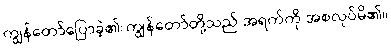
ကျွန်တော်ပြောခဲ့၏။ကျွန်တော်တို့သည် အရက်ကို အစလုပ်မိ၏။